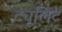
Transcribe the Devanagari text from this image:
ट्यूलिट